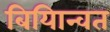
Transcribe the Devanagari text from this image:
बियािन्वत